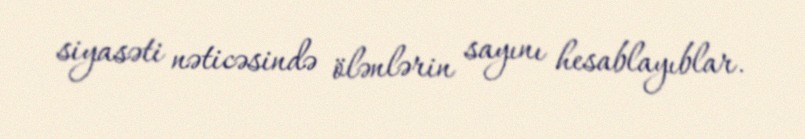
siyasəti nəticəsində ölənlərin sayını hesablayıblar.